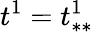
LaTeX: t^{1}=t_{**}^{1}